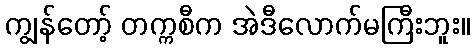
ကျွန်တော့် တက္ကစီက အဲဒီလောက်မကြီးဘူး။